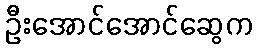
ဦးအောင်အောင်ဆွေက